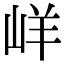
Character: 㟄